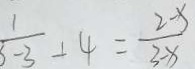
\frac { 1 } { 3 - 3 } + 4 = \frac { 2 - x } { 3 - x }